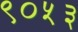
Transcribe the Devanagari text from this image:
९०५३